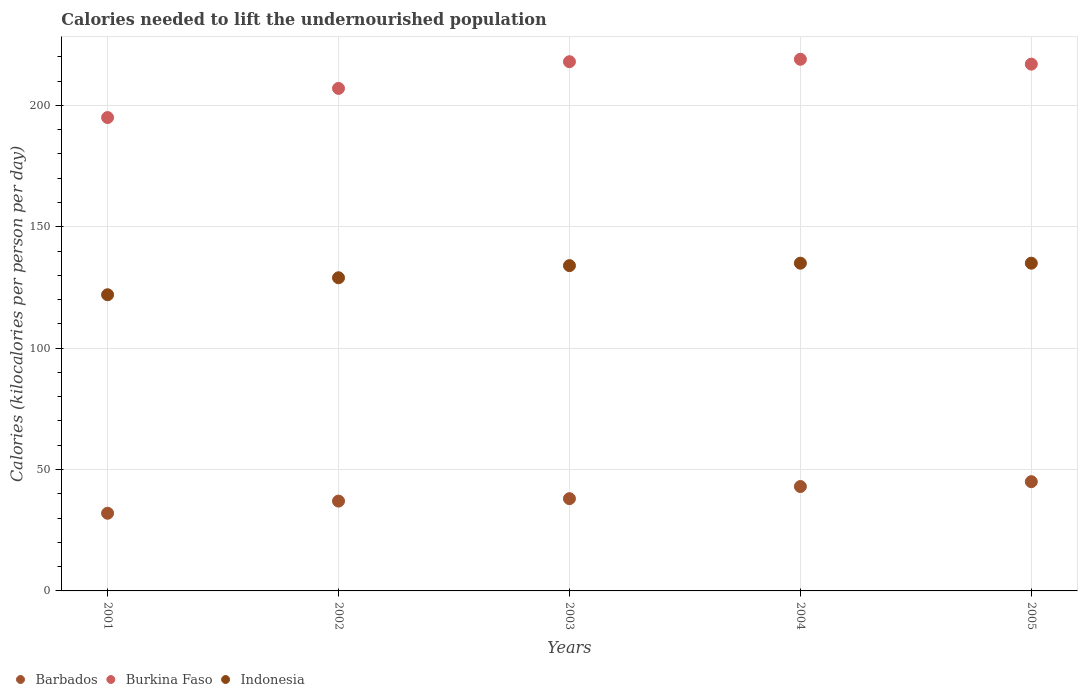
| Years | Barbados | Burkina Faso | Indonesia |
 | --- | --- | --- | --- |
 | 2001 | 32 | 195 | 122 |
 | 2002 | 37 | 207 | 129 |
 | 2003 | 38 | 218 | 134 |
 | 2004 | 43 | 219 | 135 |
 | 2005 | 45 | 217 | 135 |